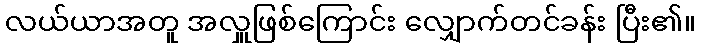
လယ်ယာအတူ အလှူဖြစ်ကြောင်း လျှောက်တင်ခန်း ပြီး၏။